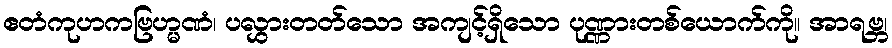
ဧတံကုဟကဗြဟ္မဏံ၊ ပလွှားတတ်သော အကျင့်ရှိသော ပုဏ္ဏားတစ်ယောက်ကို။ အာရဗ္ဘ၊